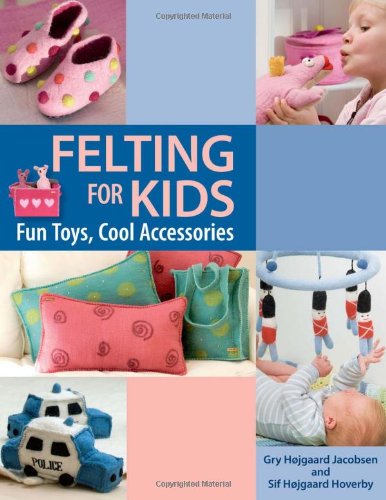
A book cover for Felting for Kids; Martingale; Crafts, Hobbies & Home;